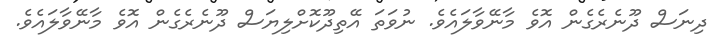
ދިނަސް ދޫނެރެގެން އޮވެ މާނޭވާލައެވެ. ނުވަތަ އޭތިދޫކޮށްލިޔަސް ދޫނެރެގެން އޮވެ މާނޭވާލައެވެ.